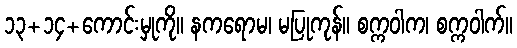
၁၃+၁၄+ကောင်းမှုကို။ နကရောမ၊ မပြုကုန်။ စက္ကဝါက၊ စက္ကဝါက်။